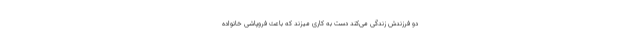
دو فرزندش زندگی می‌کند دست به کاری میزند که باعث فروپاشی خانواده